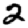
Digit: 2